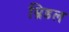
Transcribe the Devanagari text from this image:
म्रिडल